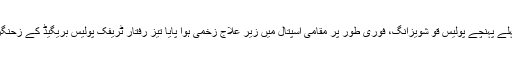
سب سے پہلے پہنچے پولیس قو شویزانگ، فوری طور پر مقامی اسپتال میں زیر علاج زخمی ہوا پایا تیز رفتار ٹریفک پولیس بریگیڈ کے زحنگزہاوو میں ۔